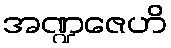
အဏ္ဍဇေဟိ